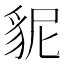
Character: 䝚